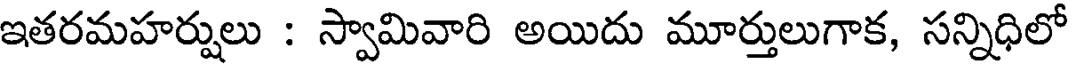
ఇతరమహర్షులు : స్వామివారి అయిదు మూర్తులుగాక, సన్నిధిలో